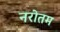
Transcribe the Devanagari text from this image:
नरोतम